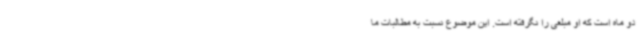
دو ماه است که او مبلغی را نگرفته است. این موضوع نسبت به مطالبات ما